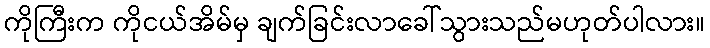
ကိုကြီးက ကိုငယ်အိမ်မှ ချက်ခြင်းလာခေါ်သွားသည်မဟုတ်ပါလား။